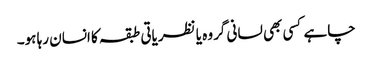
چاہے کسی بھی لسانی گروہ یا نظریاتی طبقہ کا انسان رہا ہو۔